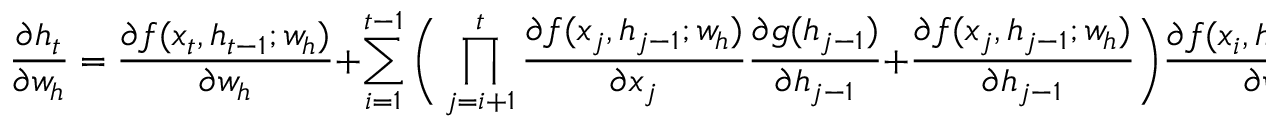
\frac { \partial h _ { t } } { \partial w _ { h } } = \frac { \partial f ( x _ { t } , h _ { t - 1 } ; w _ { h } ) } { \partial w _ { h } } + \sum _ { i = 1 } ^ { t - 1 } \Bigg ( \prod _ { j = i + 1 } ^ { t } \frac { \partial f ( x _ { j } , h _ { j - 1 } ; w _ { h } ) } { \partial x _ { j } } \frac { \partial g ( h _ { j - 1 } ) } { \partial h _ { j - 1 } } + \frac { \partial f ( x _ { j } , h _ { j - 1 } ; w _ { h } ) } { \partial h _ { j - 1 } } \Bigg ) \frac { \partial f ( x _ { i } , h _ { i - 1 } ; w _ { h } ) } { \partial w _ { h } }